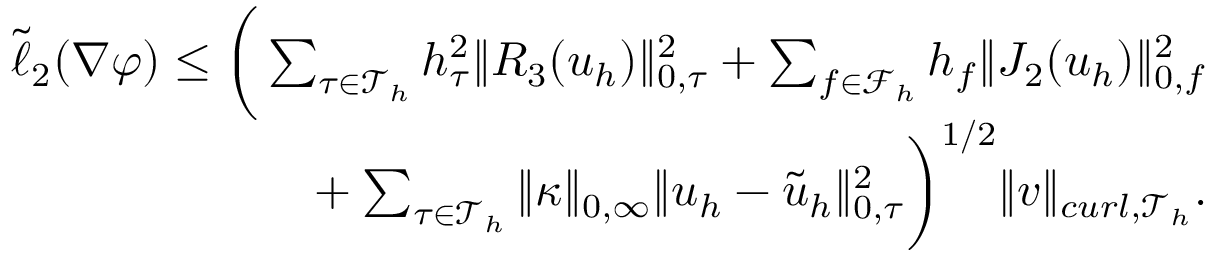
\begin{array} { r } { \tilde { \ell } _ { 2 } ( \nabla \varphi ) \leq \bigg ( \sum _ { \tau \in \mathcal { T } _ { h } } h _ { \tau } ^ { 2 } \| R _ { 3 } ( \boldsymbol { u } _ { h } ) \| _ { 0 , \tau } ^ { 2 } + \sum _ { f \in \mathcal { F } _ { h } } h _ { f } \| J _ { 2 } ( \boldsymbol { u } _ { h } ) \| _ { 0 , f } ^ { 2 } \bigg . } \\ { \bigg . + \sum _ { \tau \in \mathcal { T } _ { h } } \| \kappa \| _ { 0 , \infty } \| \boldsymbol { u } _ { h } - \tilde { \boldsymbol { u } } _ { h } \| _ { 0 , \tau } ^ { 2 } \bigg ) ^ { 1 / 2 } \| \boldsymbol { v } \| _ { c u r l , \mathcal { T } _ { h } } . } \end{array}